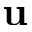
\textbf { u }